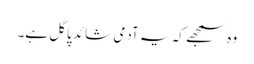
وہ سمجھے کہ یہ آدمی شائد پاگل ہے۔